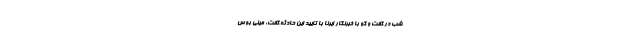
شب در گفت و گو با خبرنگار ایرنا با تایید این حادثه گفت: مینی بوس